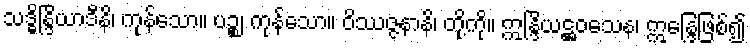
သဒ္ဓိန္ဒြိယာဒီနိ၊ ကုန်သော။ ပဉ္စ၊ ကုန်သော။ ဝိဿဇ္ဇနာနိ၊ တို့ကို။ ဣန္ဒြိယဋ္ဌဝသေန၊ ဣန္ဒြေဖြစ်၍